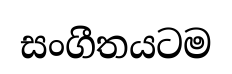
සංගීතයටම